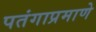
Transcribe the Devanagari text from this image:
पतंगाप्रमाणे